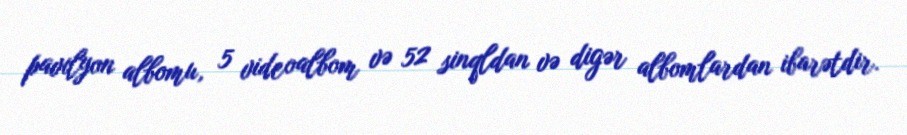
pavilyon albomu, 5 videoalbom və 52 sinqldan və digər albomlardan ibarətdir.